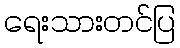
ရေးသားတင်ပြ